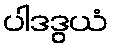
ပါဒဒွယံ